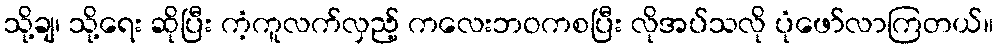
သို့ချ၊ သို့ရေး ဆိုပြီး ကံ့ကူလက်လှည့် ကလေးဘဝကစပြီး လိုအပ်သလို ပုံဖော်လာကြတယ်။